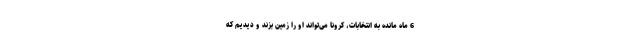
6 ماه مانده به انتخابات، کرونا می‌تواند او را زمین بزند و دیدیم که